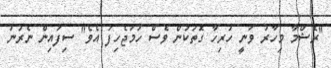
"ރެޝްމާ މިހާރު ވަނީ ހުރިހާ ގޮތަކުން ވެސް ހަމަޖެހިފަ އެވެ" ސިފައިން ނެރުނު